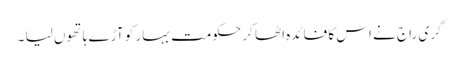
گری راج نے اس کا فائدہ اٹھا کر حکومت بہار کو آڑے ہاتھوں لیا ۔